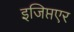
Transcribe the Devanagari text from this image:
इजिप्तएर